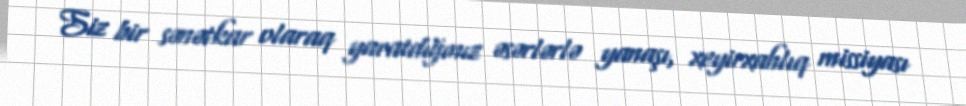
Siz bir sənətkar olaraq yaratdığınız əsərlərlə yanaşı, xeyirxahlıq missiyası